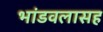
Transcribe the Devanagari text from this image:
भांडवलासह